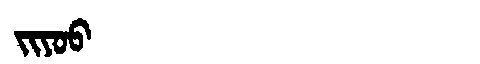
Manchu: ᠵᡳᠶᠣᠣ
Romanization: JIYOO